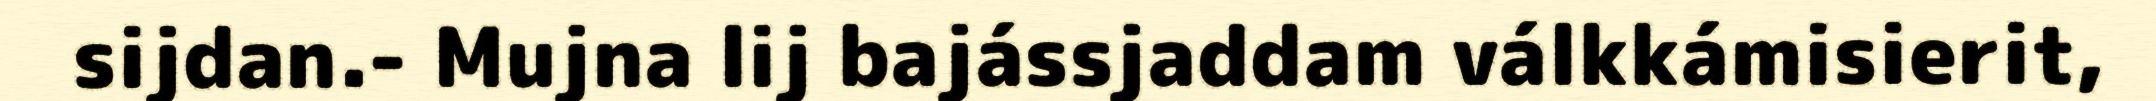
sijdan.- Mujna lij bajássjaddam válkkámisierit,